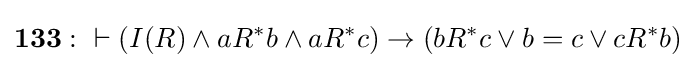
\mathbf {133:} \ \vdash (I(R)\land aR^{*}b\land aR^{*}c)\rightarrow (bR^{*}c\lor b=c\lor cR^{*}b)